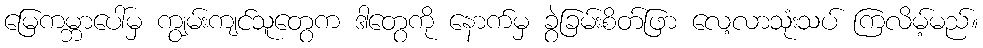
မြေကမ္ဘာပေါ်မှ ကျွမ်းကျင်သူတွေက ဒါတွေကို နောက်မှ ခွဲခြမ်းစိတ်ဖြာ လေ့လာသုံးသပ် ကြလိမ့်မည်။